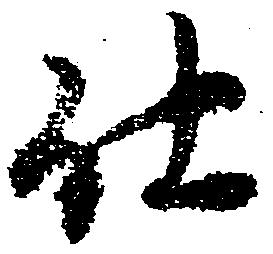
仕